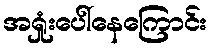
အရှုံးပေါ်နေကြောင်း